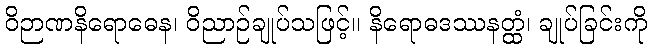
ဝိဉာဏနိရောဓေန၊ ဝိညာဉ်ချုပ်သဖြင့်။ နိရောဓဒဿနတ္ထံ၊ ချုပ်ခြင်းကို